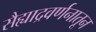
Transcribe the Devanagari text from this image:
सैह्याद्रवर्णनातून